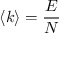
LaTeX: \langle k \rangle = { \frac { E } { N } }